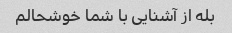
بله از آشنایی با شما خوشحالم